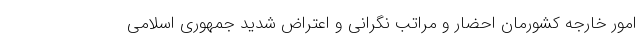
امور خارجه کشورمان احضار و مراتب نگرانی و اعتراض شدید جمهوری اسلامی